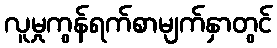
လူမှုကွန်ရက်စာမျက်နှာတွင်